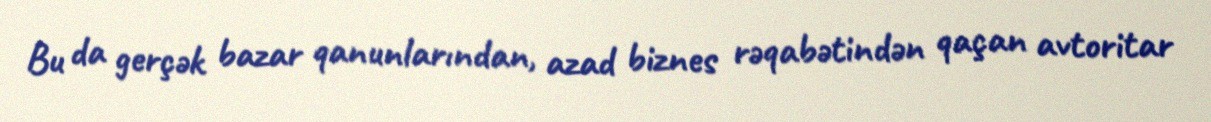
Bu da gerçək bazar qanunlarından, azad biznes rəqabətindən qaçan avtoritar